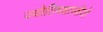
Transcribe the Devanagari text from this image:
ज्योतिषशास्त्रीयों